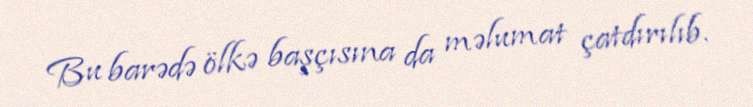
Bu barədə ölkə başçısına da məlumat çatdırılıb.